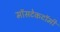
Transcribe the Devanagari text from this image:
मॉसटेकटॉमी